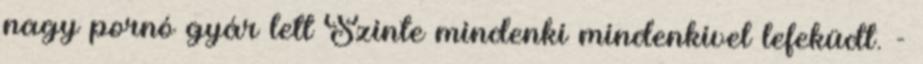
nagy pornó gyár lett Szinte mindenki mindenkivel lefeküdt. -